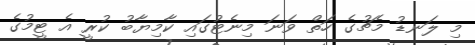
މި ލަނޑު މެޗުގެ ހަތް ވަނަ މިނެޓުގައި ކާމިޔާބު ކުރީ އެ ޓީމުގެ